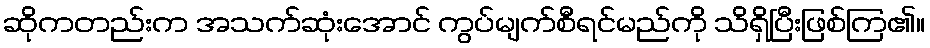
ဆိုကတည်းက အသက်ဆုံးအောင် ကွပ်မျက်စီရင်မည်ကို သိရှိပြီးဖြစ်ကြ၏။